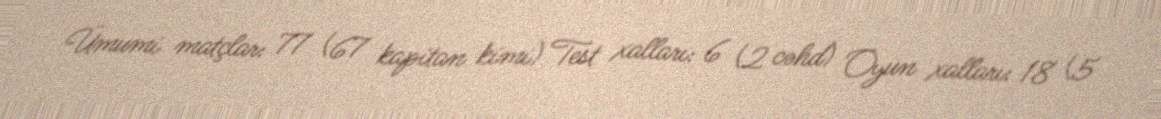
Ümumi matçlar: 77 (67 kapitan kimi) Test xalları: 6 (2 cəhd) Oyun xalları: 18 (5